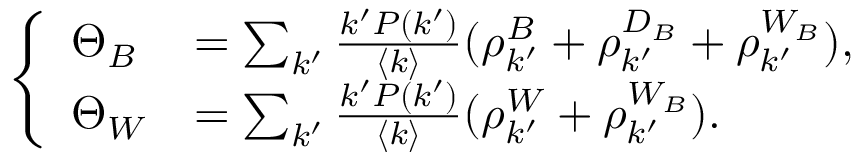
\left\{ \begin{array} { l l } { \Theta _ { B } } & { = \sum _ { k ^ { \prime } } \frac { k ^ { \prime } P ( k ^ { \prime } ) } { \langle k \rangle } ( \rho _ { k ^ { \prime } } ^ { B } + \rho _ { k ^ { \prime } } ^ { D _ { B } } + \rho _ { k ^ { \prime } } ^ { W _ { B } } ) , } \\ { \Theta _ { W } } & { = \sum _ { k ^ { \prime } } \frac { k ^ { \prime } P ( k ^ { \prime } ) } { \langle k \rangle } ( \rho _ { k ^ { \prime } } ^ { W } + \rho _ { k ^ { \prime } } ^ { W _ { B } } ) . } \end{array} \right.